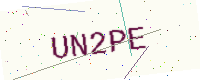
Text: UN2PE